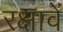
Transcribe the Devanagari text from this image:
रक्षावें